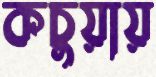
কচুয়ায়